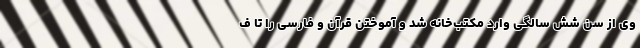
وی از سن شش سالگی وارد مکتب‌خانه شد و آموختن قرآن و فارسی را تا ف